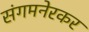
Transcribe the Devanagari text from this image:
संगमनेरकर